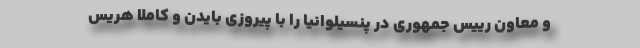
و معاون رییس جمهوری در پنسیلوانیا را با پیروزی بایدن و کاملا هریس